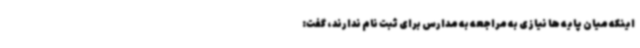
اینکه میان پایه ها نیازی به مراجعه به مدارس برای ثبت نام ندارند، گفت: